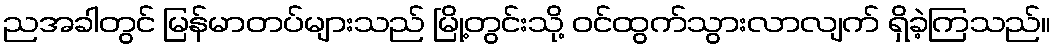
ညအခါတွင် မြန်မာတပ်များသည် မြို့တွင်းသို့ ဝင်ထွက်သွားလာလျက် ရှိခဲ့ကြသည်။